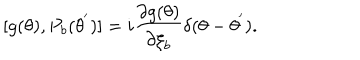
LaTeX: [ g ( \theta ) , P _ { b } ( { \theta } ^ { ' } ) ] = i \frac { { \partial } { g ( \theta ) } } { { \partial } { \xi } _ { b } } { \delta } ( { \theta } - { \theta } ^ { ' } ) .